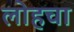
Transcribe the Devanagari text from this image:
लोहचा